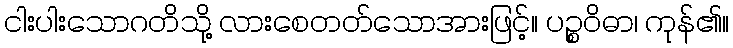
ငါးပါးသောဂတိသို့ လားစေတတ်သောအားဖြင့်။ ပဉ္စဝိဓာ၊ ကုန်၏။